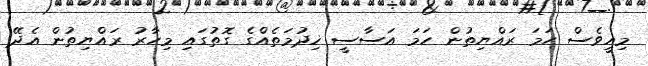
މިއީވެސް ހަމަ ރައްޔިތުން ހަމަ އަސާސީ ޚިދުމަތެއްގެ ގޮތުގައި މިހާރު ރައްޔިތުން އެދޭ